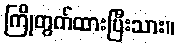
ကြိုတွက်ထားပြီးသား။